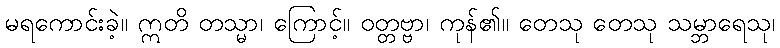
မရကောင်းခဲ့။ ဣတိ တသ္မာ၊ ကြောင့်။ ဝတ္တဗ္ဗာ၊ ကုန်၏။ တေသု တေသု သမ္ဘာရေသု၊